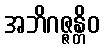
အဘိဂဇ္ဇန္တိဝ